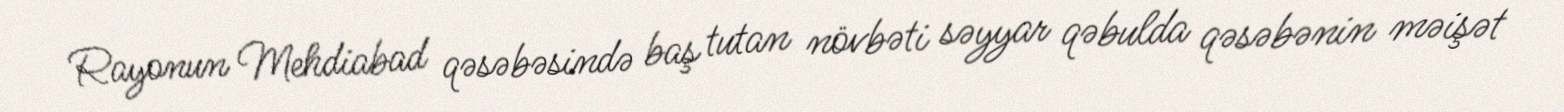
Rayonun Mehdiabad qəsəbəsində baş tutan növbəti səyyar qəbulda qəsəbənin məişət